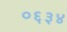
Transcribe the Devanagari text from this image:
०६३४